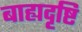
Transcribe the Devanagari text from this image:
बाह्यदृष्टि